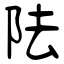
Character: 阹